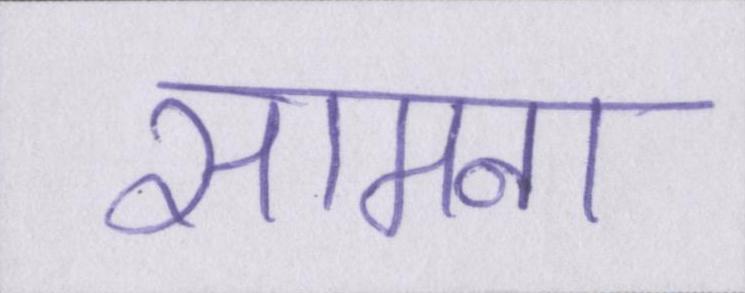
सामना